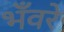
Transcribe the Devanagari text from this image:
भँवरे